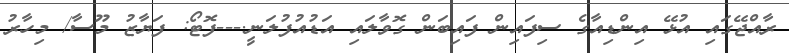
ރާއްޖޭގައި އުޅޭ އިންޑިއާގެ ސިފައިން ފައިބަން ގޮވާލައި އަޑުއުފުލަނީ.---ފޮޓޯ: ފަޔާޒު މޫސާ/ މިހާރު